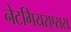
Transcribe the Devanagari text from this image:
नेटगियरएसस